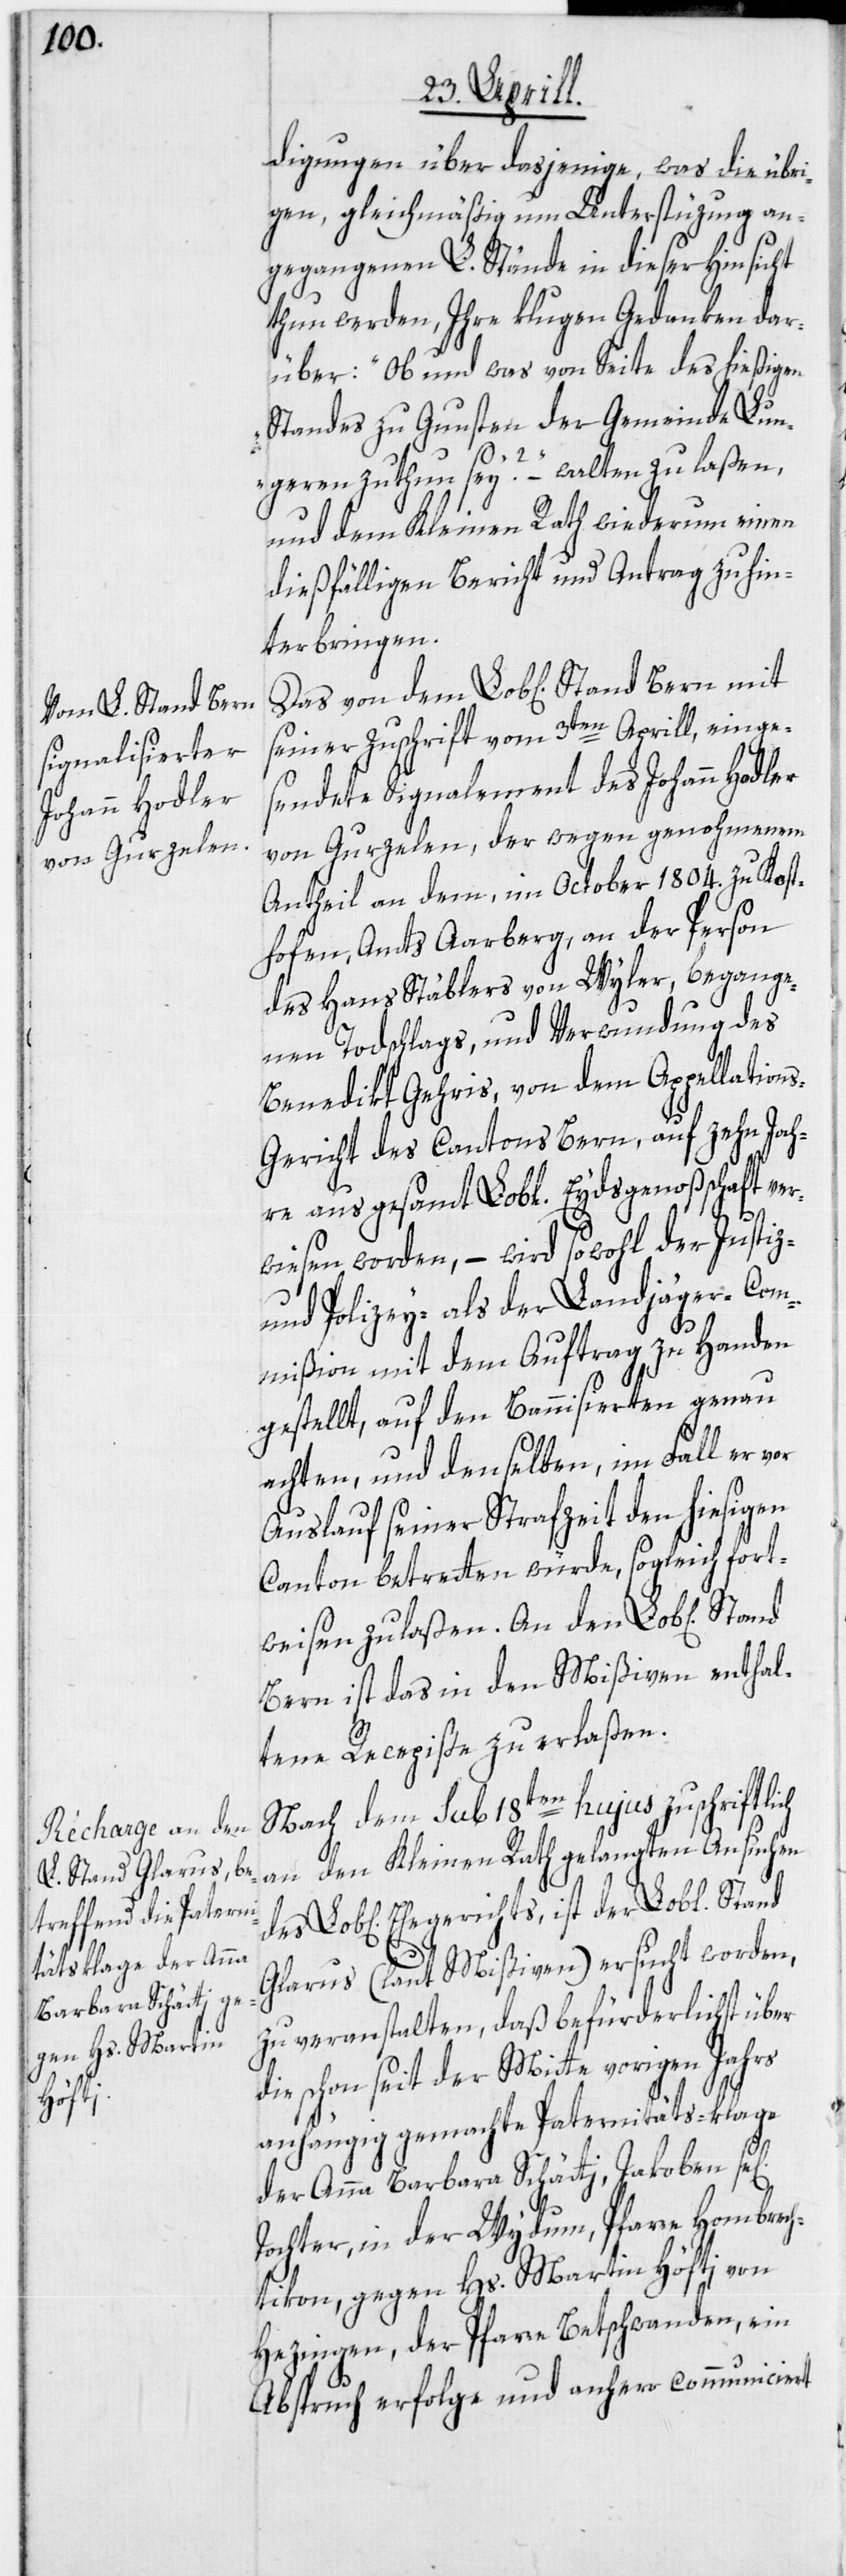
Lob[li¬

digungen über dasjenige, was die übri¬
gen, gleichmäßig um Unterstüzung an¬
gegangenen L. Stände in dieser Hinsicht
thun werden, Ihre klugen Gedanken dar¬
über: „Ob und was von Seite des hießigen
Standes zu Gunsten der Gemeinde Lun¬
geren zu thun sei?“ – walten zu laßen,
und dem Kleinen Rath wiederum einen
dießfälligen Bericht und Antrag zu hin¬
terbringen.
seiner Zuschrift vom 3ten Aprill, einge¬
sendete Signalement des Johann Hodler
von Gurzelen, der wegen genohmenem
Antheil an dem, im October 1804. zu Kost¬
hofen, Amts Aarberg, an der Person
des Hans Stäblers von Wyler, begange¬
nen Todschlags, und Verwundung des
Benedikt Gehris, von dem Appellation¬
s-Gericht des Cantons Bern, auf zehn Jah¬
ge]
c¬
re aus gesamt Lobl. Eydsgenoßschaft ver¬
wiesen worden, – wird sowohl der Justiz-
und Polizey- als der Landjäger-Com¬
mißion mit dem Auftrag zu Handen
gestellt, auf den Bannisierten genau
achten, und denselben, im Fall er vor
Auslauf seiner Strafzeit den hiesigen
Canton betretten würde, sogleich fort¬
weisen zu laßen. An den Lob[lichen]
Bern ist das in den Mißiven enthal¬
tene Recepiße zu erlaßen.
Nach dem sub 18ten hujus zuschriftlich
an den Kleinen Rath gelangten Ansuchen
hen] Ehegerichts, ist der Lobl. Stand
Glarus (laut Mißiven) ersucht worden,
zu veranstalten, daß befürderlichst über
die schon seit der Mitte vorigen Jahrs
anhängig gemachte Paternitäts-klage
der Anna Barbara Schätti, Jakoben se[li¬
Tochter, in der Wydum, Pfarre Hombrech¬
tikon, gegen Hs. Martin Höfti von
Hezingen, der Pfarre Betschwanden, ein
Abspruch erfolge und anhero communiciert